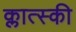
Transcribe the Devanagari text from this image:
क्लात्स्की